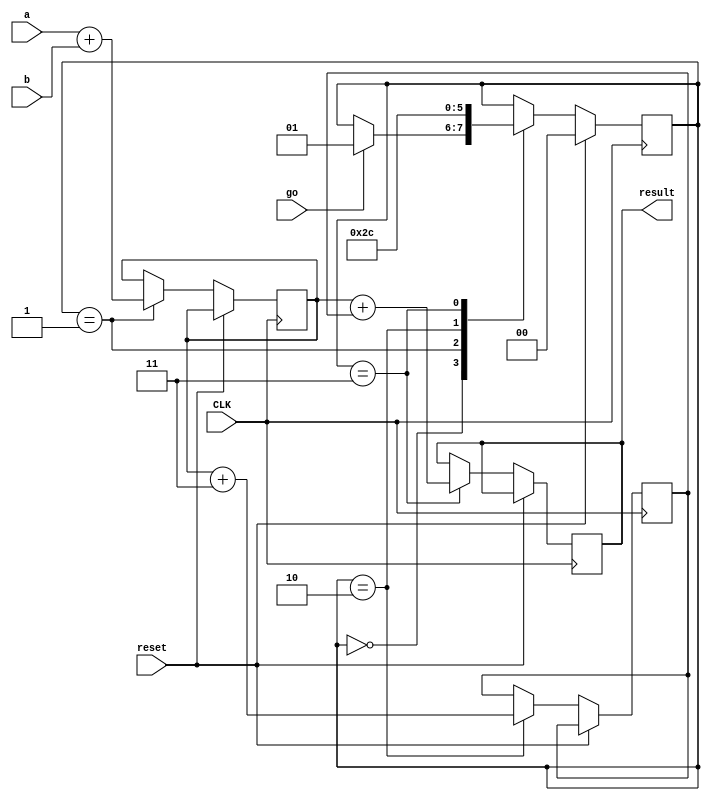
module add_fsm(
	input 			go,
	input 	[5:0]	a,
	input 	[5:0]	b,
	input				reset,
	input				CLK,
	output reg [5:0] result

);


reg [5:0] x;
reg [5:0] y;

localparam 	S0 = 2'd0,
				S1 = 2'd1,
				S2 = 2'd2,
				S3 = 2'd3;
				
reg [1:0] present_state;



always @(posedge CLK)
	begin
	if(reset)
		present_state <= S0;
	else
	begin
		case(present_state)
				
				S0:
					begin
					if(go)
						present_state <= S1;			
					end
					
				
				S1:
					begin
						x <= a + b;
						present_state <= S2;
					end
					
				
				S2:
					begin
						y <= x + 6'd3;
						present_state <= S3;
					end
					
				
				S3:
					begin
					result <= x + y;
					present_state <= S0;
					end
					
				
				
			endcase
		end
	end

endmodule